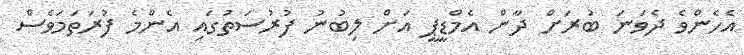
އެހެންވެ ދެވަނަ ބުރަށް ދާން އެމްޑީޕީ އަށް ލިބުނު ފުރުސަތުގައި އެންމެ ފުރަތަމަވެސް